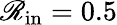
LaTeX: \mathscr{R}_{\mathrm{{in}}}=0.5